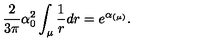
\frac { 2 } { 3 \pi } \alpha _ { 0 } ^ { 2 } \int _ { \mu } \frac { 1 } { r } d r = e ^ { \alpha _ { ( \mu ) } } .